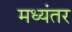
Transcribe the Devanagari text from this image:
मध्‍यंतर